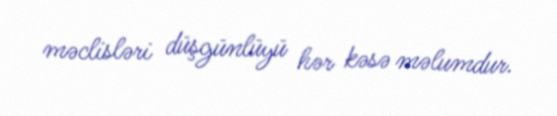
məclisləri düşgünlüyü hər kəsə məlumdur.